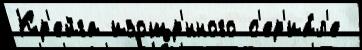
Кр'ейга изощр'́нного с'ер'иа́л'е